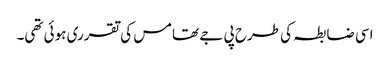
اسی ضابطہ کی طرح پی جے تھامس کی تقرری ہوئی تھی۔